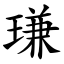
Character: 㻩